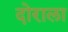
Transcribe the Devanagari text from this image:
दोराला